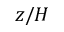
z / H